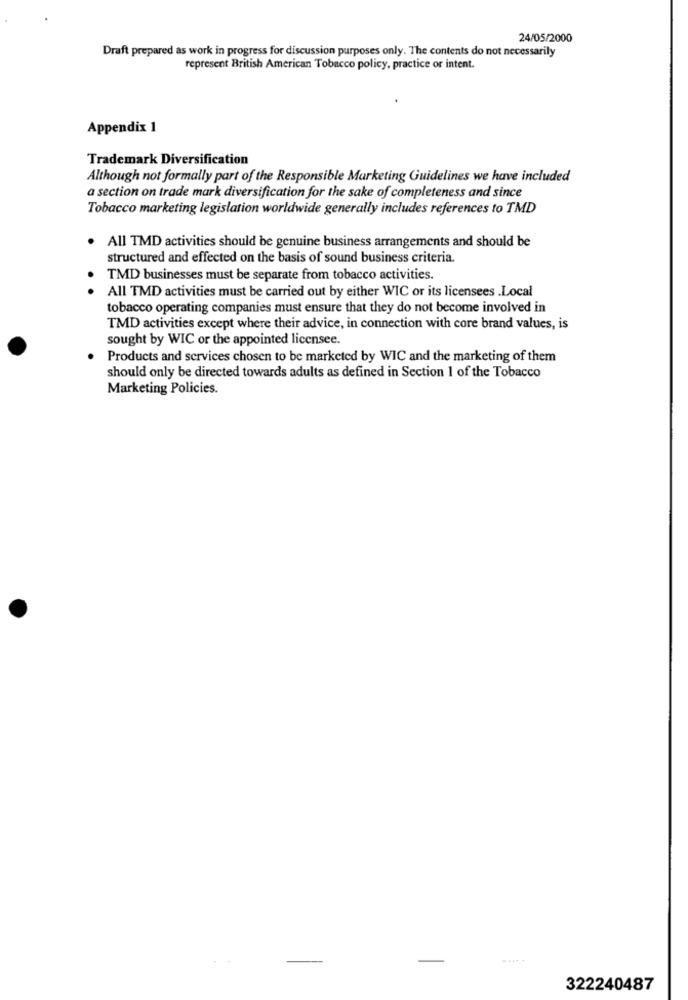
24/05/2000
Draft prepared as work in progress for discussion purposes only. The contents do not necessarily
represent British American Tobacco policy, practice or intent.
Appendix 1
Trademark Diversification
Although not formally part of the Responsible Marketing Guidelines we have included
a section on trade mark diversification for the sake of completeness and since
Tobacco marketing legislation worldwide generally includes references to TMD
All TMD activities should be genuine business arrangements and should be
structured and effected on the basis of sound business criteria.
TMD businesses must be separate from tobacco activities.
All TMD activities must be carried out by either WIC or its licensees .Local
tobacco operating companies must ensure that they do not become involved in
TMD activities except where their advice, in connection with core brand values, is
sought by WIC or the appointed licensee.
Products and services chosen to be marketed by WIC and the marketing of them
should only be directed towards adults as defined in Section 1 of the Tobacco
Marketing Policies.
322240487